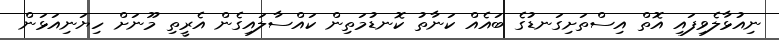
ނިއުޅާލެވިފައި އޮތް އިސްތަށިގަނޑުގެ ބައެއް ކަނާތު ކޮނޑުމަތިން ކައްސާލައިގެން އެރީތި މޫނަށް ހިޔަނިއަޅަން